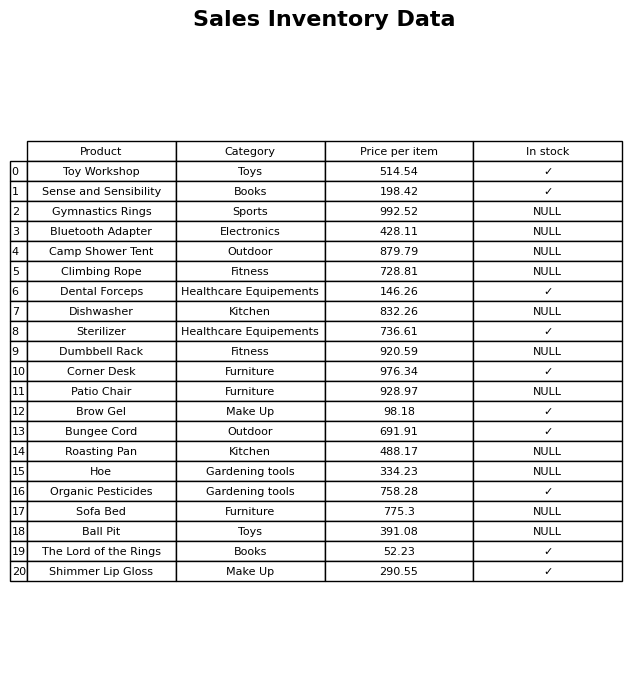
question: What is the stock status of the Patio Chair?
answer: NULL